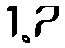
1.7